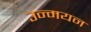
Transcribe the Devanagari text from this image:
उन्मयन